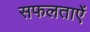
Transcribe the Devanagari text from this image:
सफलताऐं